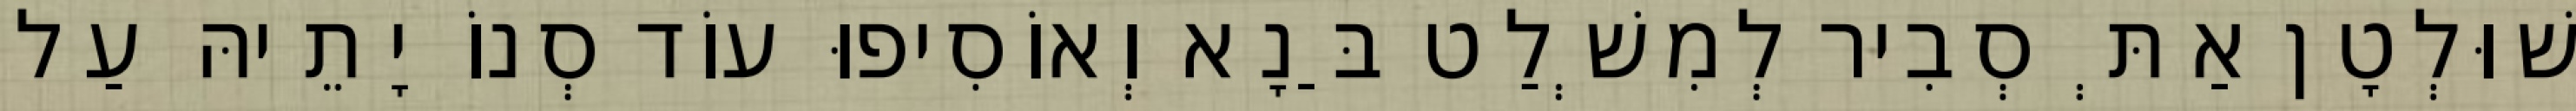
שׁוּלְטָן אַתְּ סְבִיר לְמִשְׁלַט בַּנָא וְאוֹסִיפוּ עוֹד סְנוֹ יָתֵיהּ עַל